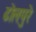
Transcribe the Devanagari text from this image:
ढोलपुरे